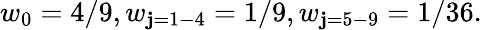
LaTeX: w_{0}=4/9,w_{\mathbf{j}=1-4}=1/9,w_{\mathbf{j}=5-9}=1/36.